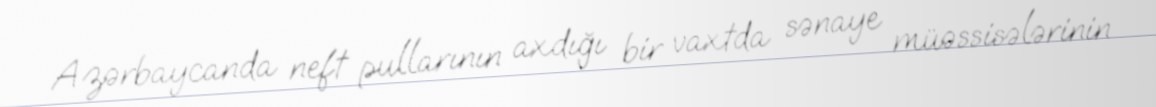
Azərbaycanda neft pullarının axdığı bir vaxtda sənaye müəssisələrinin